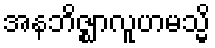
အနဘိဇ္ဈာလူဟမသ္မိ